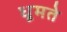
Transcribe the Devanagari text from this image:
धूमते